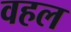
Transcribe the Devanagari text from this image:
वहल